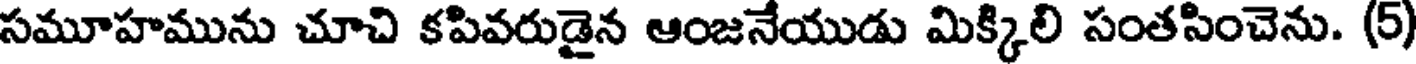
సమూహమును చూచి కపివరుడైన ఆంజనేయుడు మిక్కిలి సంతసించెను. (5)